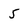
Character: 5